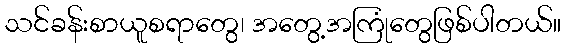
သင်ခန်းစာယူစရာတွေ၊ အတွေ့အကြုံတွေဖြစ်ပါတယ်။